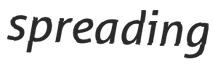
spreading